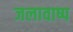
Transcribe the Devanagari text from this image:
जलावाष्प